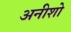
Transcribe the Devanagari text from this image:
अनीशो